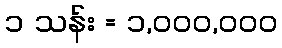
၁ သန်း = ၁,၀၀၀,၀၀၀